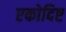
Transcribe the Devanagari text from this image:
एकोदिष्ट